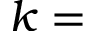
k =